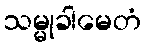
သမ္မုခါမေတံ